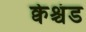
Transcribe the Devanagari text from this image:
क्वेश्चंड